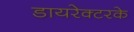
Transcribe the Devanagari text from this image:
डायरेक्टरके